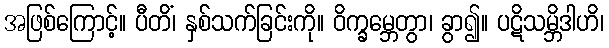
အဖြစ်ကြောင့်။ ပီတိံ၊ နှစ်သက်ခြင်းကို။ ဝိက္ခမ္ဘေတွာ၊ ခွာ၍။ ပဋိသမ္ဘိဒါဟိ၊